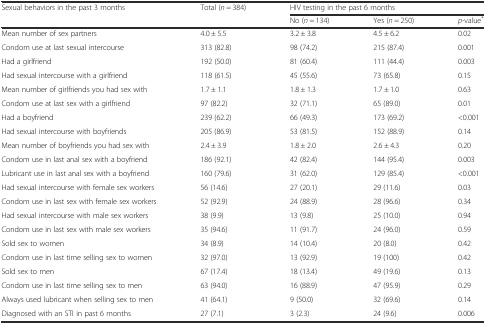
<table><thead><tr><td rowspan="2"><b>Sexual behaviors in the past 3 months</b></td><td rowspan="2"><b>Total (<i>n</i> = 384)</b></td><td colspan="3"><b>HIV testing in the past 6 months</b></td></tr><tr><td><b>No (<i>n</i> = 134)</b></td><td><b>Yes (<i>n</i> = 250)</b></td><td><b><i>p</i>-value<sup>*</sup></b></td></tr></thead><tbody><tr><td>Mean number of sex partners</td><td>4.0 ± 5.5</td><td>3.2 ± 3.8</td><td>4.5 ± 6.2</td><td>0.02</td></tr><tr><td>Condom use at last sexual intercourse</td><td>313 (82.8)</td><td>98 (74.2)</td><td>215 (87.4)</td><td>0.001</td></tr><tr><td>Had a girlfriend</td><td>192 (50.0)</td><td>81 (60.4)</td><td>111 (44.4)</td><td>0.003</td></tr><tr><td>Had sexual intercourse with a girlfriend</td><td>118 (61.5)</td><td>45 (55.6)</td><td>73 (65.8)</td><td>0.15</td></tr><tr><td>Mean number of girlfriends you had sex with</td><td>1.7 ± 1.1</td><td>1.8 ± 1.3</td><td>1.7 ± 1.0</td><td>0.63</td></tr><tr><td>Condom use at last sex with a girlfriend</td><td>97 (82.2)</td><td>32 (71.1)</td><td>65 (89.0)</td><td>0.01</td></tr><tr><td>Had a boyfriend</td><td>239 (62.2)</td><td>66 (49.3)</td><td>173 (69.2)</td><td>&lt;0.001</td></tr><tr><td>Had sexual intercourse with boyfriends</td><td>205 (86.9)</td><td>53 (81.5)</td><td>152 (88.9)</td><td>0.14</td></tr><tr><td>Mean number of boyfriends you had sex with</td><td>2.4 ± 3.9</td><td>1.8 ± 2.0</td><td>2.6 ± 4.3</td><td>0.20</td></tr><tr><td>Condom use in last anal sex with a boyfriend</td><td>186 (92.1)</td><td>42 (82.4)</td><td>144 (95.4)</td><td>0.003</td></tr><tr><td>Lubricant use in last anal sex with a boyfriend</td><td>160 (79.6)</td><td>31 (62.0)</td><td>129 (85.4)</td><td>&lt;0.001</td></tr><tr><td>Had sexual intercourse with female sex workers</td><td>56 (14.6)</td><td>27 (20.1)</td><td>29 (11.6)</td><td>0.03</td></tr><tr><td>Condom use in last sex with female sex workers</td><td>52 (92.9)</td><td>24 (88.9)</td><td>28 (96.6)</td><td>0.34</td></tr><tr><td>Had sexual intercourse with male sex workers</td><td>38 (9.9)</td><td>13 (9.8)</td><td>25 (10.0)</td><td>0.94</td></tr><tr><td>Condom use in last sex with male sex workers</td><td>35 (94.6)</td><td>11 (91.7)</td><td>24 (96.0)</td><td>0.59</td></tr><tr><td>Sold sex to women</td><td>34 (8.9)</td><td>14 (10.4)</td><td>20 (8.0)</td><td>0.42</td></tr><tr><td>Condom use in last time selling sex to women</td><td>32 (97.0)</td><td>13 (92.9)</td><td>19 (100)</td><td>0.42</td></tr><tr><td>Sold sex to men</td><td>67 (17.4)</td><td>18 (13.4)</td><td>49 (19.6)</td><td>0.13</td></tr><tr><td>Condom use in last time selling sex to men</td><td>63 (94.0)</td><td>16 (88.9)</td><td>47 (95.9)</td><td>0.29</td></tr><tr><td>Always used lubricant when selling sex to men</td><td>41 (64.1)</td><td>9 (50.0)</td><td>32 (69.6)</td><td>0.14</td></tr><tr><td>Diagnosed with an STI in past 6 months</td><td>27 (7.1)</td><td>3 (2.3)</td><td>24 (9.6)</td><td>0.006</td></tr></tbody></table>